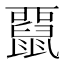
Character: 𪕢